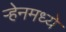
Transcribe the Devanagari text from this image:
ऱ्हेनमध्ये